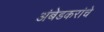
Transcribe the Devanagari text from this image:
अंबेडकरांचे